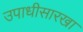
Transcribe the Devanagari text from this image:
उपाधीसारखा